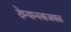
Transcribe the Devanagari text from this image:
देम्यान्स्कजवळ